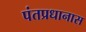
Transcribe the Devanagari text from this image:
पंतप्रधानास